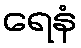
ရေနံ